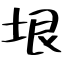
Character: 垠